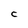
Character: c